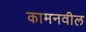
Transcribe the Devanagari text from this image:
कामनवील